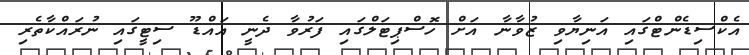
އެކްސިޑެންޓްގައި އަނިޔާވި ޒުވާނާ އަށް ހޮސްޕިޓަލްގައި ފަރުވާ ދެނީ އައްޑޫ ސިޓީގައި ނުރައްކާތެރި